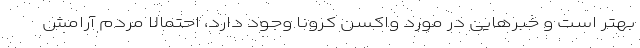
بهتر است و خبرهایی در مورد واکسن کرونا وجود دارد، احتمالا مردم آرامش